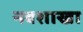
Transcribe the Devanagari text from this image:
नवशाखा